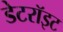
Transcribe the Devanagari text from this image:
डेटरॉइट